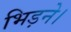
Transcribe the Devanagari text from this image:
भिड़ने।